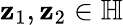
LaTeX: \mathbf{z}_{1},\mathbf{z}_{2}\in\mathbb{{H}}